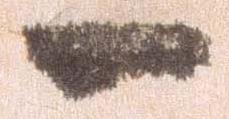
一